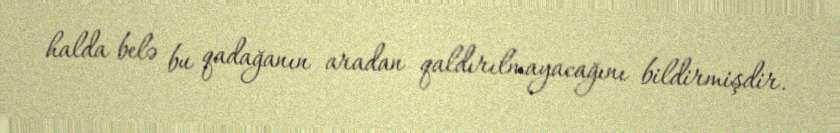
halda belə bu qadağanın aradan qaldırılmayacağını bildirmişdir.